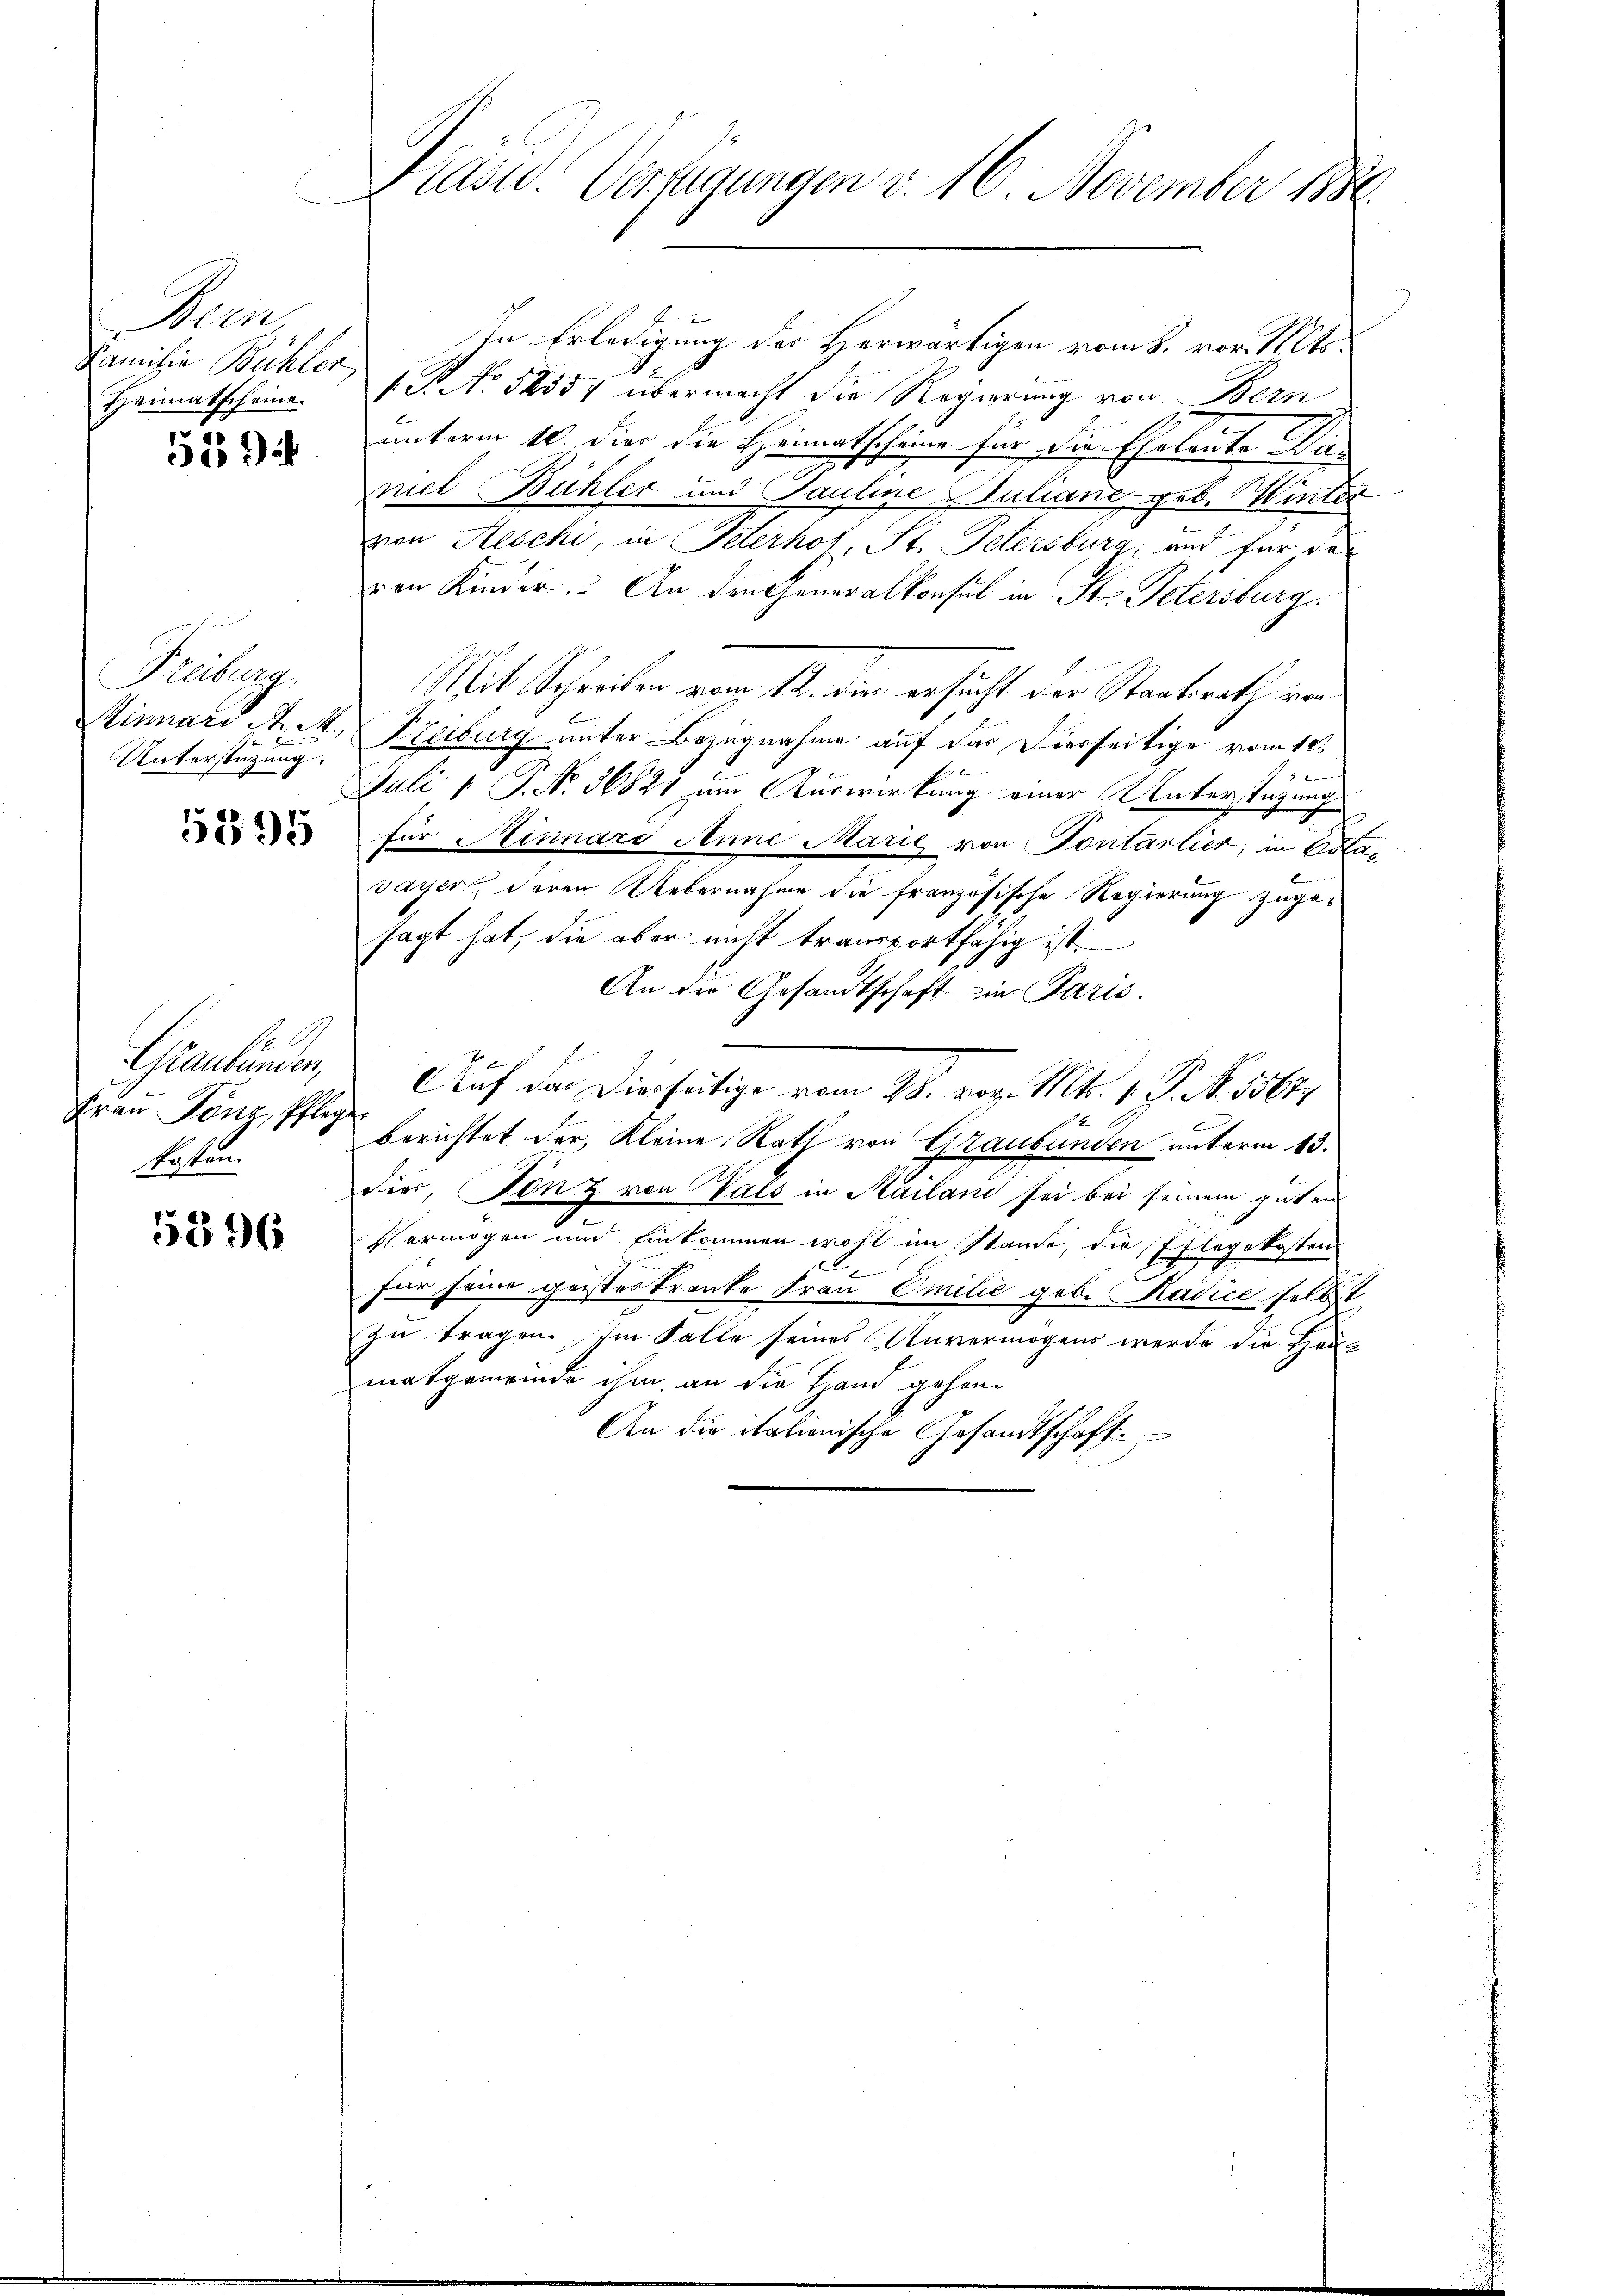
Bern,
Familie Bühler
Heimatscheine.

55

Källig
Unterstützung.

5295

Graubünden,
Frau Tönz, Pflege
kosten.

5396

In Erledigung des Herwärtigen vom 8. vor. Mts.
1 No 52357 übermacht die Regierung von Bern
unterm 10. die die Heimatscheine für die Eheleute. Daniel Bühler und Pauline Juliani geb. Winter
von Aeschi, in Peterhot, St. Petersburg, und für des
eren Kinder. An den Generalkonsul in St. Petersburg
Mit Schreiben vom 12. die ersucht der Staatsrath von
Minnari A. A. Freiburg unter Bezugnahme auf das Vierseitige vom 10.
Juli 1 P. Nr. 36821 um Auswirkung einer Unterstüzung
für Minnaro Anne Marie von Pontartier, in Esta
vayer, deren Uebernahme die französische Regierung zugesagt hat, die aber nicht transportfähig ist.
An die Gesandtschaft in Paris.
Auf das Dierseitige vom 28. vor. Mts. 1. P. N. 5567
x
Berichtet der Kleine Rath von Graubünden unterm 13.
dier, Tanz von Vals in Mailand sei bei seinem guten
Vermögen und Einkommen wohl im Stande, die Pflegekosten
.
für seine geisteskranke Frau Emilić geb. Radice selbst
zu tragen. Im Falle seines Anvermögens werde die Haus
matgemeinde ihm an die Hand gehen
An die italienische Gesandtschaft

Präsid. Verfügungen d. 16. November 1886